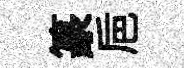
篆巵